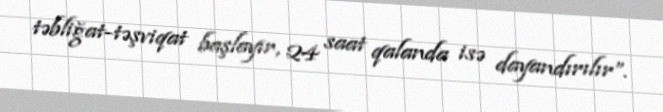
təbliğat-təşviqat başlayır, 24 saat qalanda isə dayandırılır”.